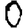
Digit: 0